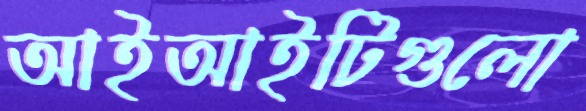
আইআইটিগুলো